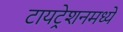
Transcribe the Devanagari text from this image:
टायट्रेशनमध्ये